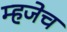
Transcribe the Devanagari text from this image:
म्हजेच